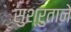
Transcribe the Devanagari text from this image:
सुश्रुताने